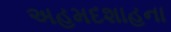
અહમદશાહના